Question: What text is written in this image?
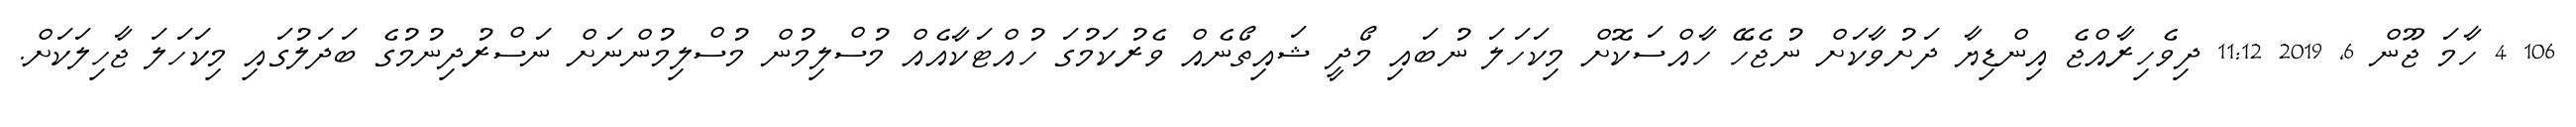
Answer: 106 4 ހާމަ ޖޫން 6, 2019 11:12 ދިވެހިރާއްޖެ އިންޑިޔާ ދަށުވާކަށް ނުޖެހޭ ހާއްސަކޮށް މިކަހަލަ ނުބައި މޯދީ ޝައިތޯނެއް ވެރުކަމުގަ ހުއްޓަކާއެއް މުސްލިމުން މުސްލިމުންނަށް ނަސްރުދިނުމުގެ ބަދަލުގައި މިކަހަލަ ޖާހިލަކަށް.